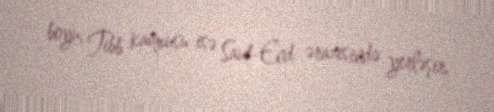
boyu, Tibb kampusu isə Saut-End ərazisində yerləşir.